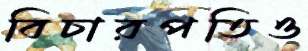
বিচারপতিও